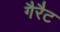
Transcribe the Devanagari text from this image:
गैरैट